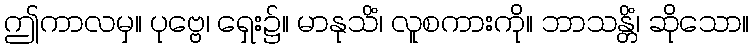
ဤကာလမှ။ ပုဗ္ဗေ၊ ရှေး၌။ မာနုသိံ၊ လူစကားကို။ ဘာသန္တိံ၊ ဆိုသော။